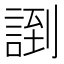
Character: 𲁪